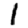
Digit: 1